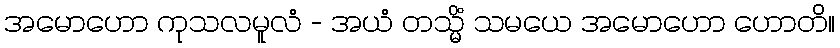
အမောဟော ကုသလမူလံ - အယံ တသ္မိံ သမယေ အမောဟော ဟောတိ။